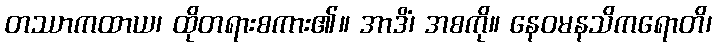
တဿာကထာယ၊ ထိုတရားစကား၏။ အာဒိံ၊ အစကို။ နေဝမနသိကရောတိ၊